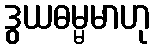
ဒွယဓမ္မမာဟု